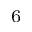
_ 6